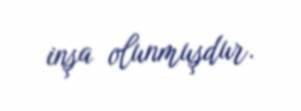
inşa olunmuşdur.